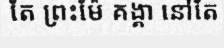
តែ ព្រះម៉ែ គង្គា នៅតែ